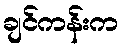
ချင်ကန်းက